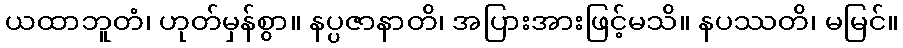
ယထာဘူတံ၊ ဟုတ်မှန်စွာ။ နပ္ပဇာနာတိ၊ အပြားအားဖြင့်မသိ။ နပဿတိ၊ မမြင်။